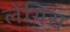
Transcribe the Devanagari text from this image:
लेंगिस